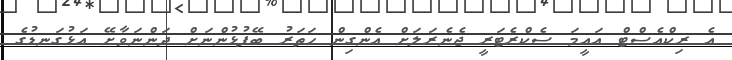
އެ ރިކްއެސްޓް އައީމަ ސެކްރެޓަރީ ޖެނެރަލަށް އެންގިން ހަތަރު ބޭފުޅުންނަށް ދަންނަވާށޭ އަޅުގަނޑުގެ